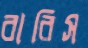
বারিস